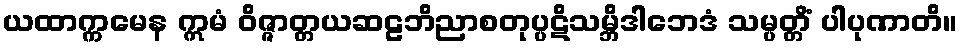
ယထာက္ကမေန ဣမံ ဝိဇ္ဇာတ္တယဆဠဘိညာစတုပ္ပဋိသမ္ဘိဒါဘေဒံ သမ္ပတ္တိံ ပါပုဏာတိ။